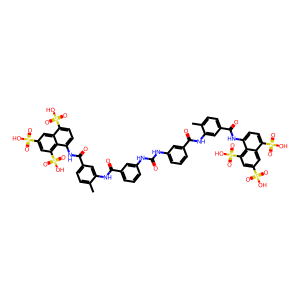
SMILES: Cc1ccc(C(=O)Nc2ccc(S(=O)(=O)O)c3cc(S(=O)(=O)O)cc(S(=O)(=O)O)c23)cc1NC(=O)c1cccc(NC(=O)Nc2cccc(C(=O)Nc3cc(C(=O)Nc4ccc(S(=O)(=O)O)c5cc(S(=O)(=O)O)cc(S(=O)(=O)O)c45)ccc3C)c2)c1
Inhibits HIV replication: Yes